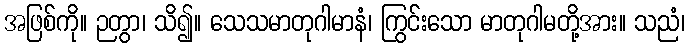
အဖြစ်ကို။ ဉတွာ၊ သိ၍။ သေသမာတုဂါမာနံ၊ ကြွင်းသော မာတုဂါမတို့အား။ သညံ၊